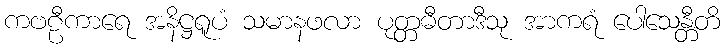
ကဗဠီကာရေ အနိဋ္ဌရူပံ သမာနဖလာ ပုတ္တဓီတာဒီသု အာကရံ ပေါသေန္တီတိ